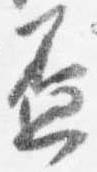
盃